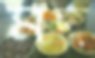
মদ্দ